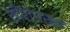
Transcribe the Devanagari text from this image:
वीरापन्द्यां